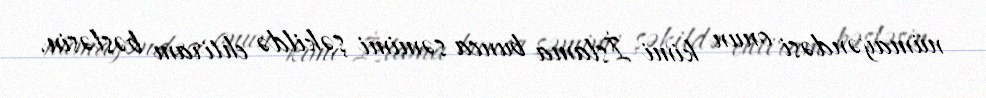
nümayəndəsi onun kimi İslama bunca səmimi şəkildə ehtiram bəsləsin.